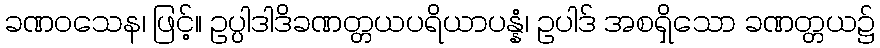
ခဏဝသေန၊ ဖြင့်။ ဥပ္ပါဒါဒိခဏတ္တယပရိယာပန္နံ၊ ဥပါဒ် အစရှိသော ခဏတ္တယ၌